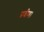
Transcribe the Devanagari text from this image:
प्रवीण।